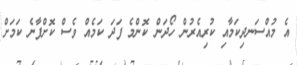
އެ މުއްސަނދިކަމާއި ކުރިއެރުން ހޯދަން ކޮންމެ ފަދަ ކަމެއް ވެސް ކޮށްފާނެ ކަމަށް